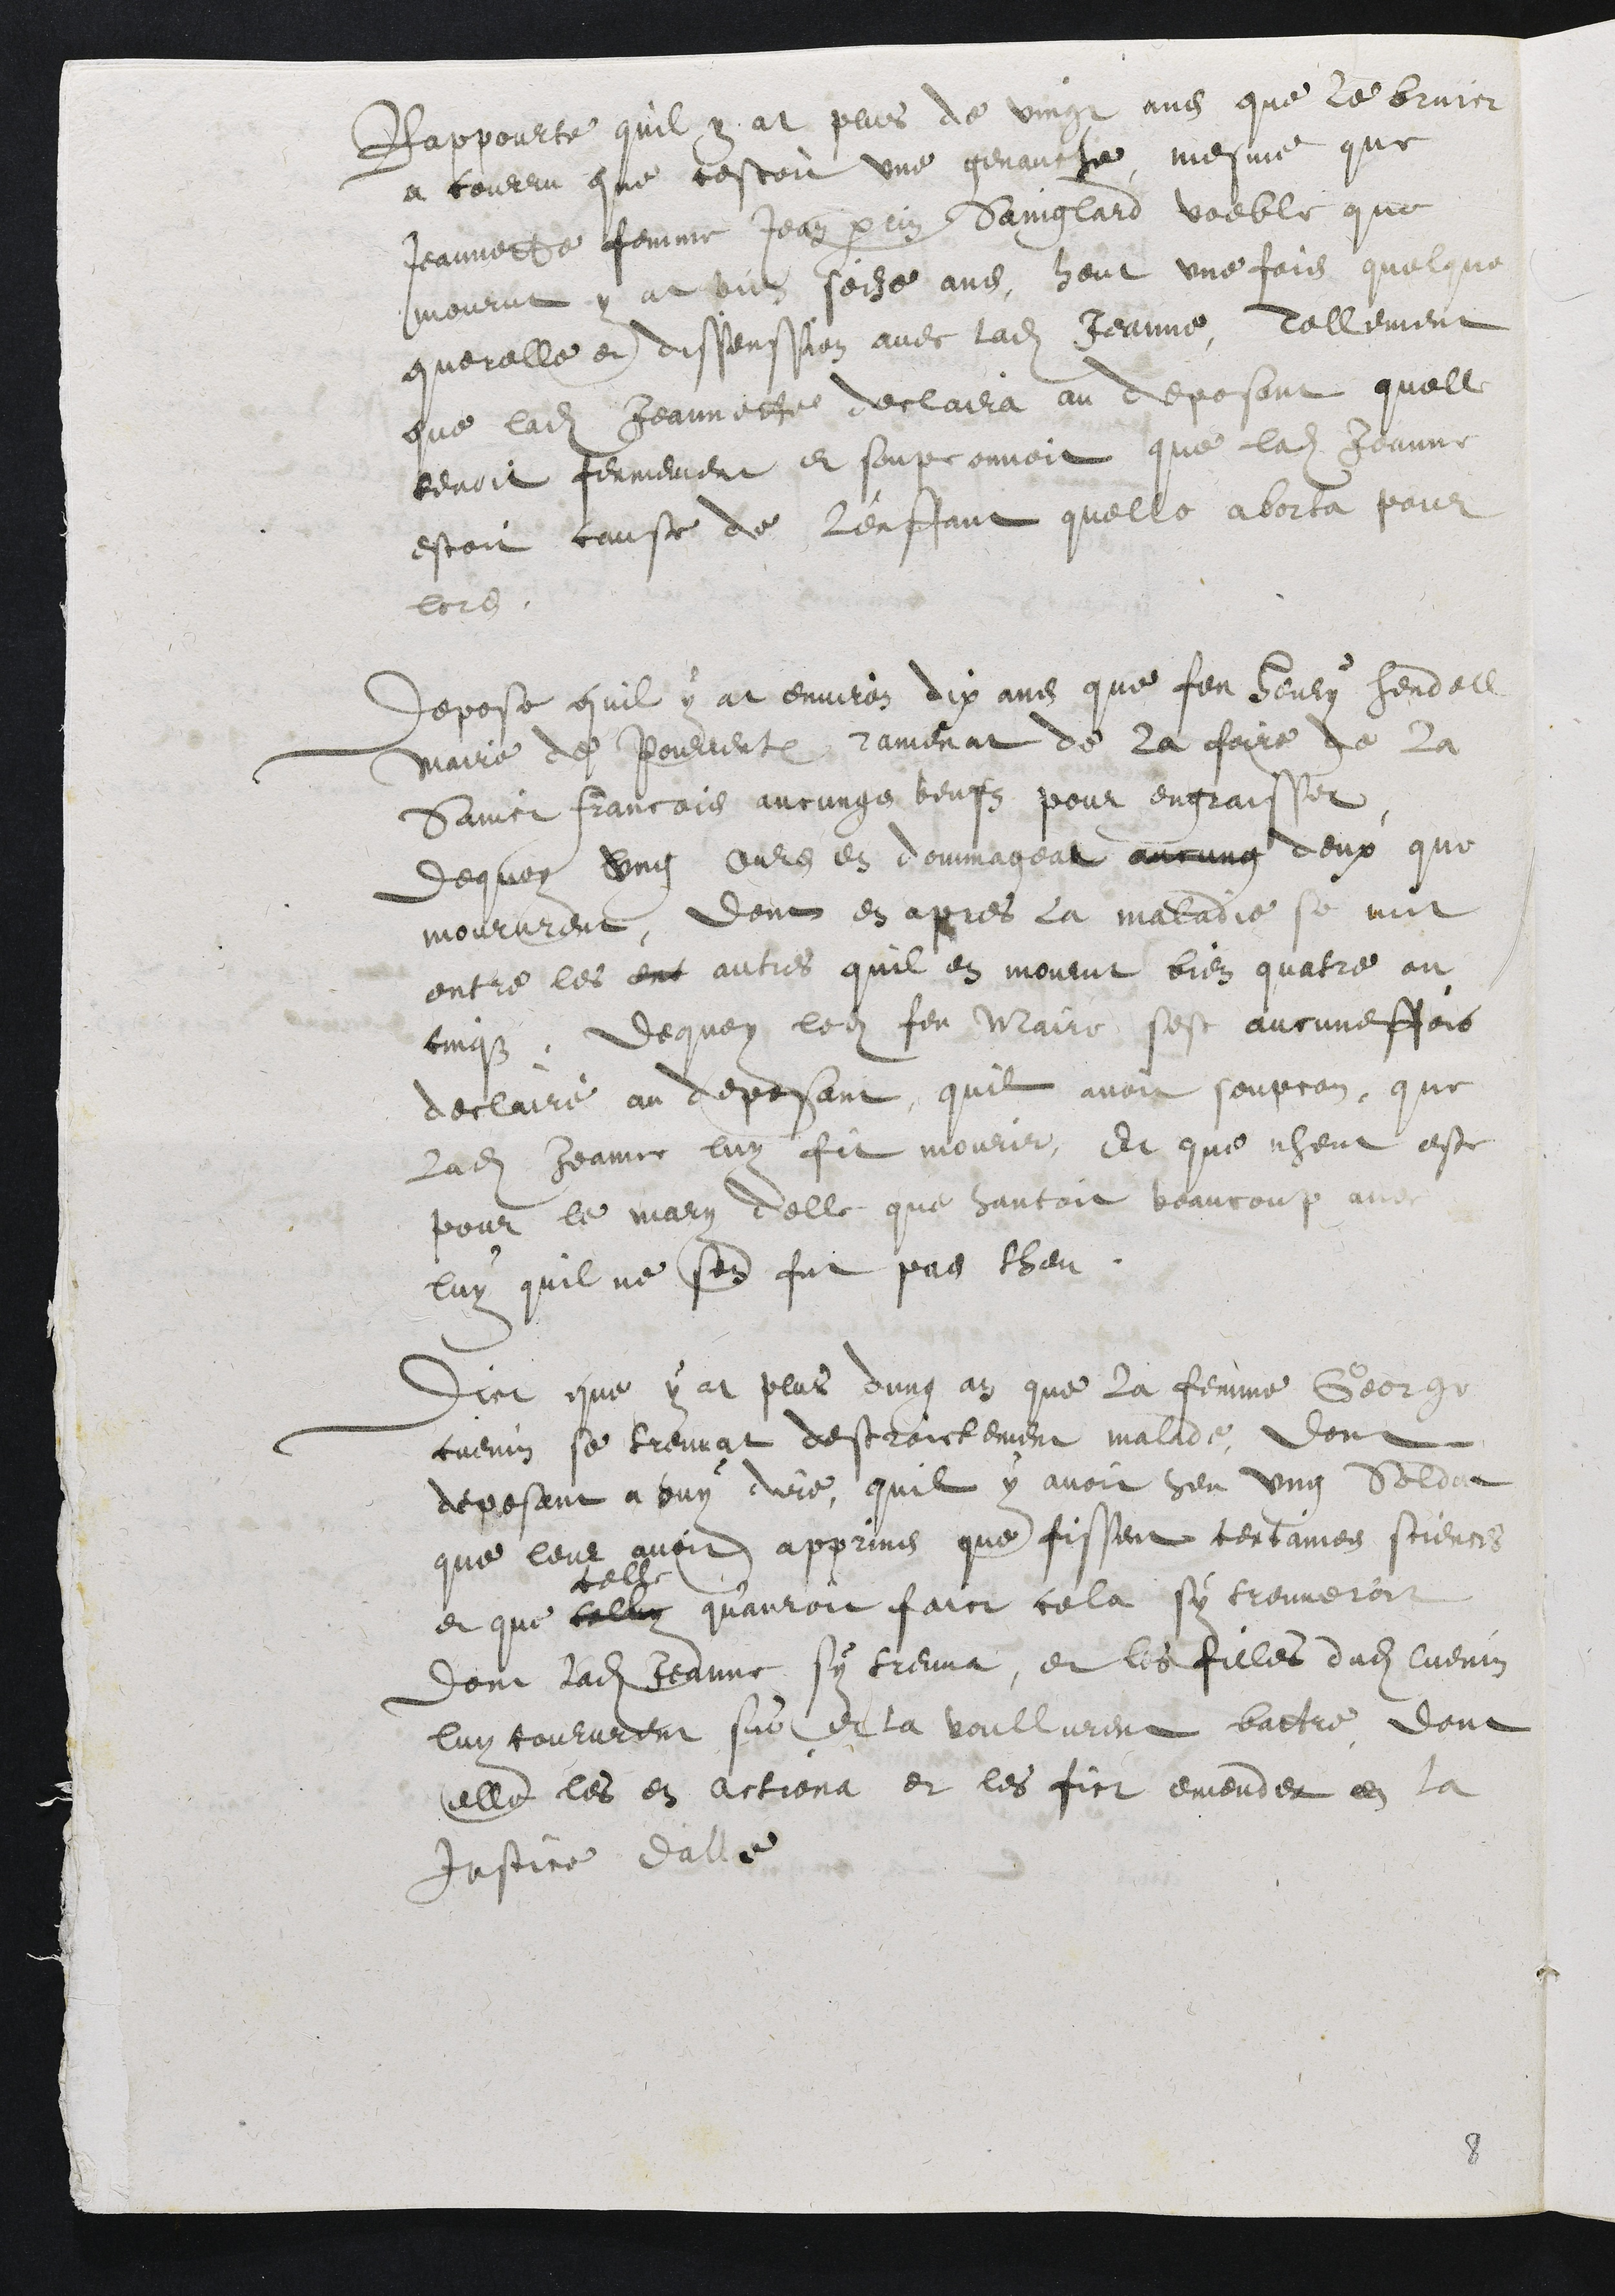
Rappourte quil y at plus de vingt ans que le bruict
a courru que cestoit une genauche mesme que
Jeannette femme Jean perrin Sainglard voeble que
mourut y at bien seize ans heut une fois quelque
querelle et dissenssion avec ladite Jeanne, Tellement
que ladite Jeannette declaira au deposant quelle
tenoit fermement et soupconnoit que ladite Jeanne
estoit cause de l'enffant quelle aborta pour
lors.
Depose quil y at environ dix ans que feu Henry hendell
maire de Pourrentruy ramenat de la foire de la
Sainct Francois aucungs beufz pour engraisser
dequoy ung ours en dommageat aucung deux que
moururent, dont en apres la maladie se mit
entre les ent autres quil en mourut bien quatre ou
cinqz. De quoy ledit feu Maire sest aucuneffois
declairé au deposant, quil avoir soupcon, que
ladite Jeanne luy fit mourir, Et que nheut este
pour le mary delle que hantoit beaucoup avec
luy quil ne sen fut pas theu
Dict que y at plus dung an que la femme George
cuenin se treuvat destroictement malade, dont
deposant a ouy dire, qu’il y avoit heu ung Soldat
que leur avoit apprins que fissent certaines sciences
et que celluy
celle
quauroit faict cela sy treuveroit
dont ladite Jeanne sy treuva, et les filles dudit Cuenin
luy coururent sus et la voullurent battre, dont
elle les en actiona et les fict emender en la
Justice dAlle